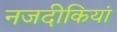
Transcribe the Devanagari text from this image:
नजदीकियां